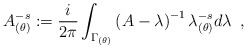
\begin{align*}A_{(\theta)}^{-s}:={i\over 2\pi}\int_{\Gamma_{(\theta)}}\left(A-\lambda\right)^{-1}\lambda_{(\theta)}^{-s}d\lambda\,\,\,,\end{align*}